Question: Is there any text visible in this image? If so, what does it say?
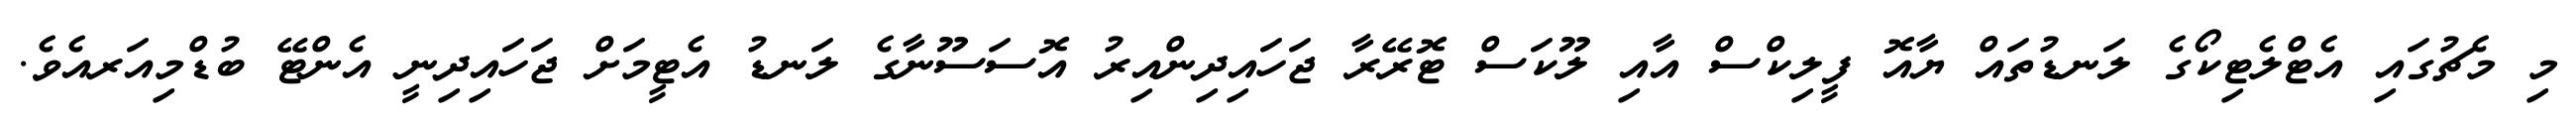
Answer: މި މެޗުގައި އެޓްލެޓިކޯގެ ލަނޑުތައް ޔާއޮ ފީލިކްސް އާއި ލޫކަސް ޓޮރޭރާ ޖަހައިދިންއިރު އޮސަސޫނާގެ ލަނޑު އެޓީމަށް ޖަހައިދިނީ އެންޓޭ ބުޑްމިއަރއެވެ.